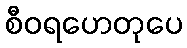
စီဝရဟေတုပေ